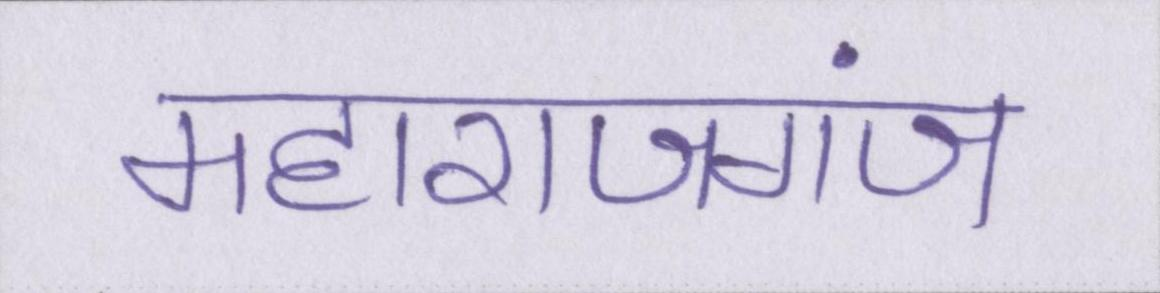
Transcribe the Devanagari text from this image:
महाराजगंज